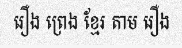
រឿង ព្រេង ខ្មែរ តាម រឿង